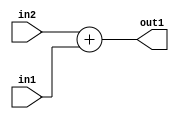
`timescale 1ps / 1ps
/*****************************************************************************
    Verilog RTL Description
    
    
    Created by: Stratus DpOpt 2019.1.01 
*******************************************************************************/

module DC_Filter_Add_1Ux1U_2U_4 (
	in2,
	in1,
	out1
	); /* architecture "behavioural" */ 
input  in2,
	in1;
output [1:0] out1;
wire [1:0] asc001;

assign asc001 = 
	+(in2)
	+(in1);

assign out1 = asc001;
endmodule

/* CADENCE  urb3Qg4= : u9/ySgnWtBlWxVPRXgAZ4Og= ** DO NOT EDIT THIS LINE ******/